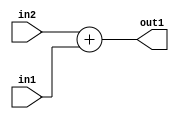
`timescale 1ps / 1ps
/*****************************************************************************
    Verilog RTL Description
    
    
    Created by: Stratus DpOpt 2019.1.01 
*******************************************************************************/

module DC_Filter_Add_1Ux1U_2U_4 (
	in2,
	in1,
	out1
	); /* architecture "behavioural" */ 
input  in2,
	in1;
output [1:0] out1;
wire [1:0] asc001;

assign asc001 = 
	+(in2)
	+(in1);

assign out1 = asc001;
endmodule

/* CADENCE  urb3Qg4= : u9/ySgnWtBlWxVPRXgAZ4Og= ** DO NOT EDIT THIS LINE ******/